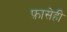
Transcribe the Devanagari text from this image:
फ़ासेही